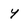
Character: Y